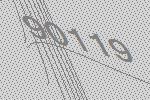
90119